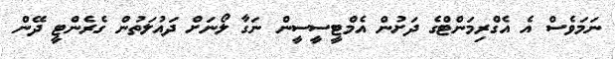
ނަމަވެސް އެ އެގްރިމަންޓްގެ ދަށުން އެމްޓީސީސީން ނަގާ ލޯނަށް ދައުލަތުން ގެރެންޓީ ދޭން